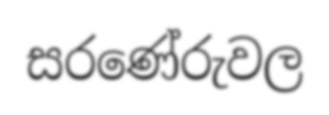
සරණේරුවල